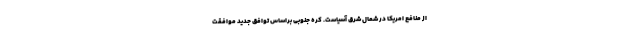
از منافع امریکا در شمال شرق آسیاست. کره جنوبی براساس توافق جدید موافقت